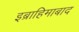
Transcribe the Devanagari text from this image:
इब्राहिमाबाद